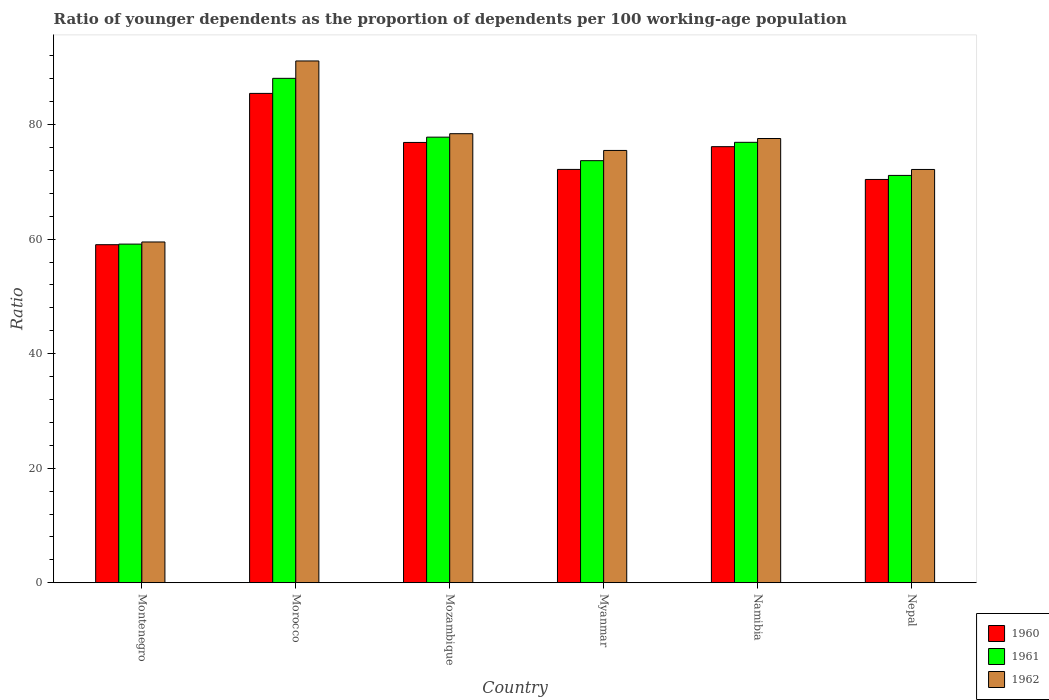
| Country | 1960 | 1961 | 1962 |
 | --- | --- | --- | --- |
 | Montenegro | 59 | 59.1 | 59.5 |
 | Morocco | 85.5 | 88.1 | 91.1 |
 | Mozambique | 76.9 | 77.8 | 78.4 |
 | Myanmar | 72.2 | 73.7 | 75.5 |
 | Namibia | 76.2 | 76.9 | 77.6 |
 | Nepal | 70.4 | 71.1 | 72.2 |